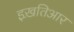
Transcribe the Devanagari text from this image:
इख़तिआर